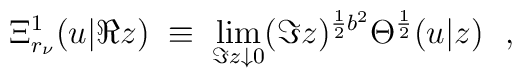
\Xi^1_{r_\nu}(u|\Re z)\; \equiv\;  \lim_{\Im z\downarrow 0}(\Im z)^{\frac{1}{2}b^2} \Theta^{\frac{1}{2}}(u|z)\ \ ,